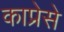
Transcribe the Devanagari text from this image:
काप्रेसे